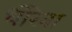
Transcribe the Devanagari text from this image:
धोरेवा